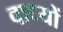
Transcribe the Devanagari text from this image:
वाध्यों